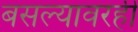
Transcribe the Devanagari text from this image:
बसल्यावरही